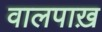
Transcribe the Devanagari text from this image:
वालपाख़